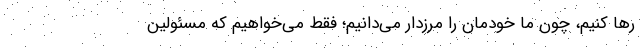
رها کنیم، چون ما خودمان را مرزدار می‌دانیم؛ فقط می‌خواهیم که مسئولین